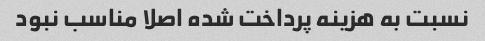
نسبت به هزینه پرداخت شده اصلا مناسب نبود